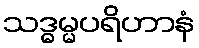
သဒ္ဓမ္မပရိဟာနံ